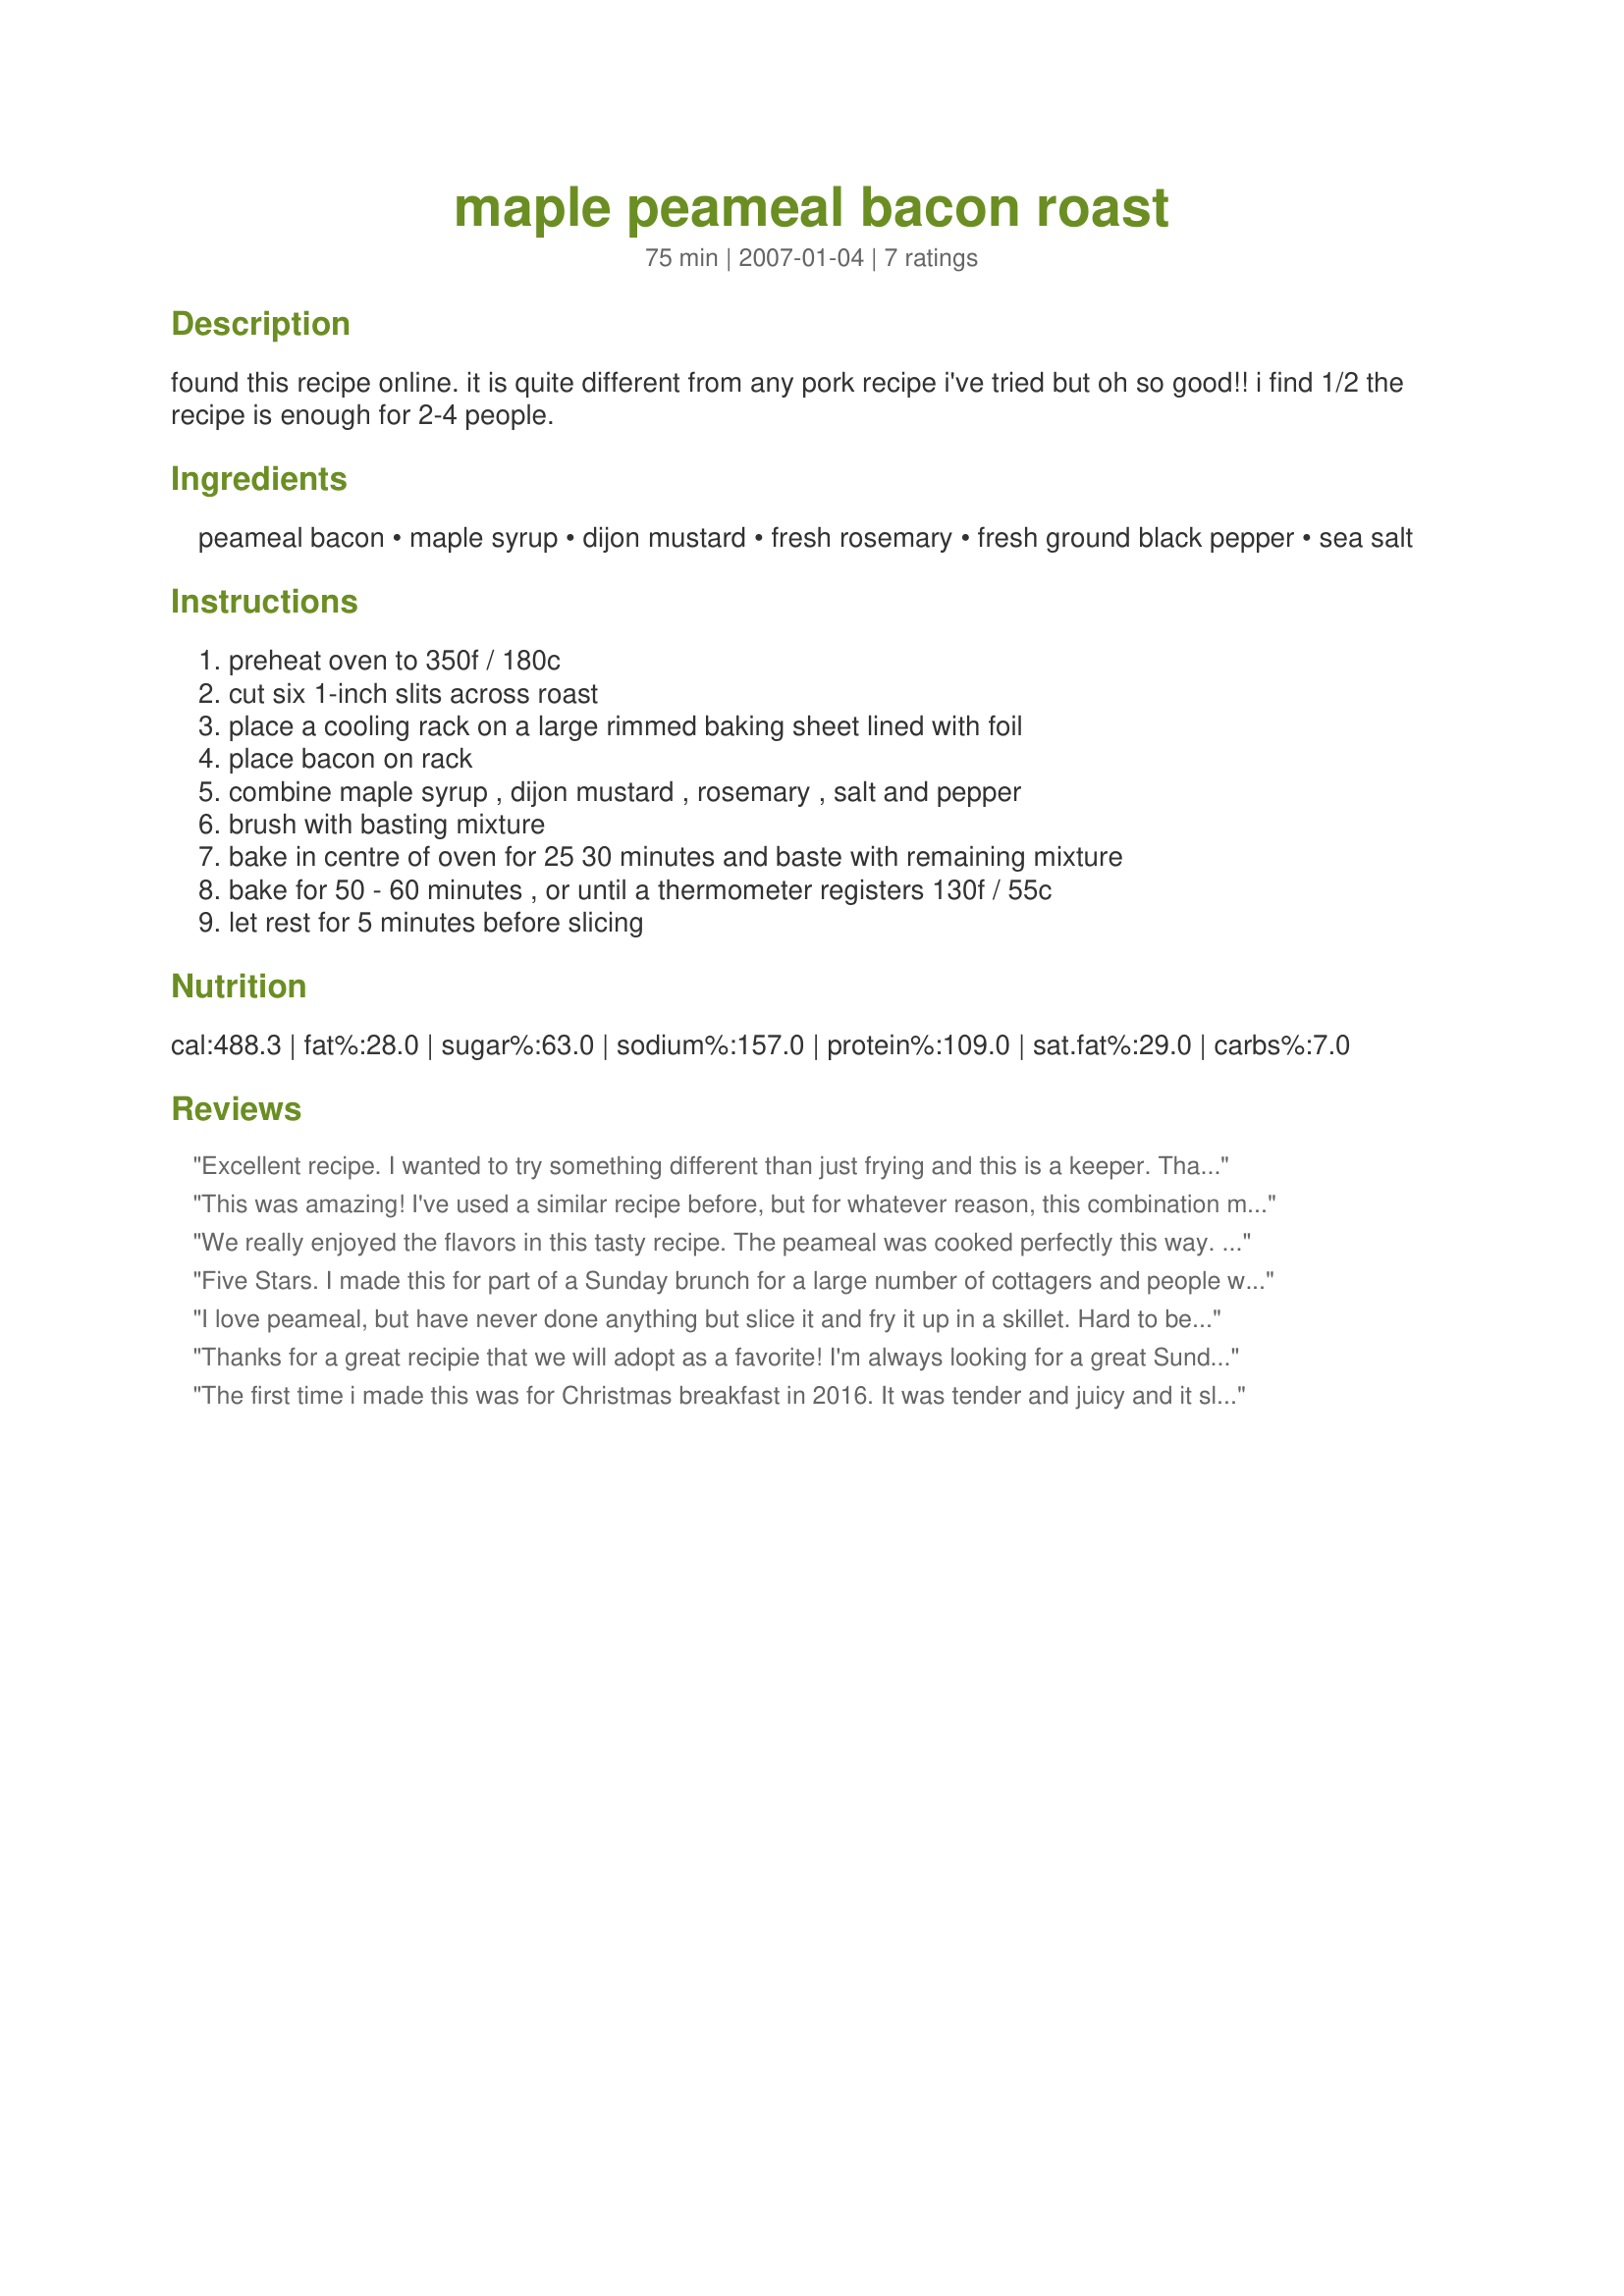
maple peameal bacon roast
Preparation time: 75 minutes

found this recipe online. it is quite different from any pork recipe i've tried but oh so good!! i find 1/2 the recipe is enough for 2-4 people.

Ingredients:
peameal bacon, maple syrup, dijon mustard, fresh rosemary, fresh ground black pepper, sea salt

Steps:
preheat oven to 350f / 180c, cut six 1-inch slits across roast, place a cooling rack on a large rimmed baking sheet lined with foil, place bacon on rack, combine maple syrup , dijon mustard , rosemary , salt and pepper, brush with basting mixture, bake in centre of oven for 25 30 minutes and baste with remaining mixture, bake for 50 - 60 minutes , or until a thermometer registers 130f / 55c, let rest for 5 minutes before slicing

Reviews:
Excellent recipe. I wanted to try something different than just frying and this is a keeper. Thanks for a great recipe.
This was amazing! I've used a similar recipe before, but for whatever reason, this combination makes the grade. It's so basic yet such a wonderful blend of flavours while hot and as a leftover. My husband said: "You can make this anytime..." Thanks for sharing! Michelle, Bellevile
We really enjoyed the flavors in this tasty recipe. The peameal was cooked perfectly this way. The texture was amazing and the maple glaze was delicious. A quick and easy way to prepare a Peameal Roast. Made exactly as written, thrilled with the results. I have made this twice already, each time it was as good as the first time. Thank you for sharing a recipe that will go into my favorites cookbook of 2014. Made for Whats on the Menu Tag Game.
Five Stars. I made this for part of a Sunday brunch for a large number of cottagers and people were asking me for the recipe. I cooked this on the barbecue using indirect heat. I placed the roast on a foil pan on the "off' side of the grill and basted it frequently with the sauce. It took about an hour and 15 minutes. The roast sliced beautifully. A nice alternative to pan fried peameal and certainly much easier if you are cooking for a large number of people.
I love peameal, but have never done anything but slice it and fry it up in a skillet. Hard to beat ... &#039;til now. I had a smaller roast, 2.5 lbs, but made the full amount of the sauce. In a covered cast iron braiser, I poured it over the peameal, coating all sides, then put in 8 small, peeled whole yams. I rolled them around in the sauce too. I put the lid on and baked for 1.5 hrs at 350, taking it out at half-hour intervals and basting again with that wonderful sauce. This treatment completely transformed the peameal. The sauce flavours were wonderful on meat and yams alike. The meat was unbelievably tender. I prepared this for my family, but would happily serve it to company. With a green veg or salad and maybe some dinner rolls, who could ask for more! Thanks for posting this one.
Thanks for a great recipie that we will adopt as a favorite! I'm always looking for a great Sunday brunch side, and this is def going to be it. The flavour was awesome and soooooo easy to prepare. Add it as a side for some sort of stata a sweet bun, and fruit, and you're set!!<br/>I will give this to my girlfriends who love an easy, peasy, recipie with good results. I left this in the oven for about an hour and a half, as it was still a bit frozen in the middle.
The first time i made this was for Christmas breakfast in 2016. It was tender and juicy and it sliced like butter. It was a huge hit with everyone at the table and since then it is one of the most requested dishes for our special occasions. I will be making it again this Christmas morning.
